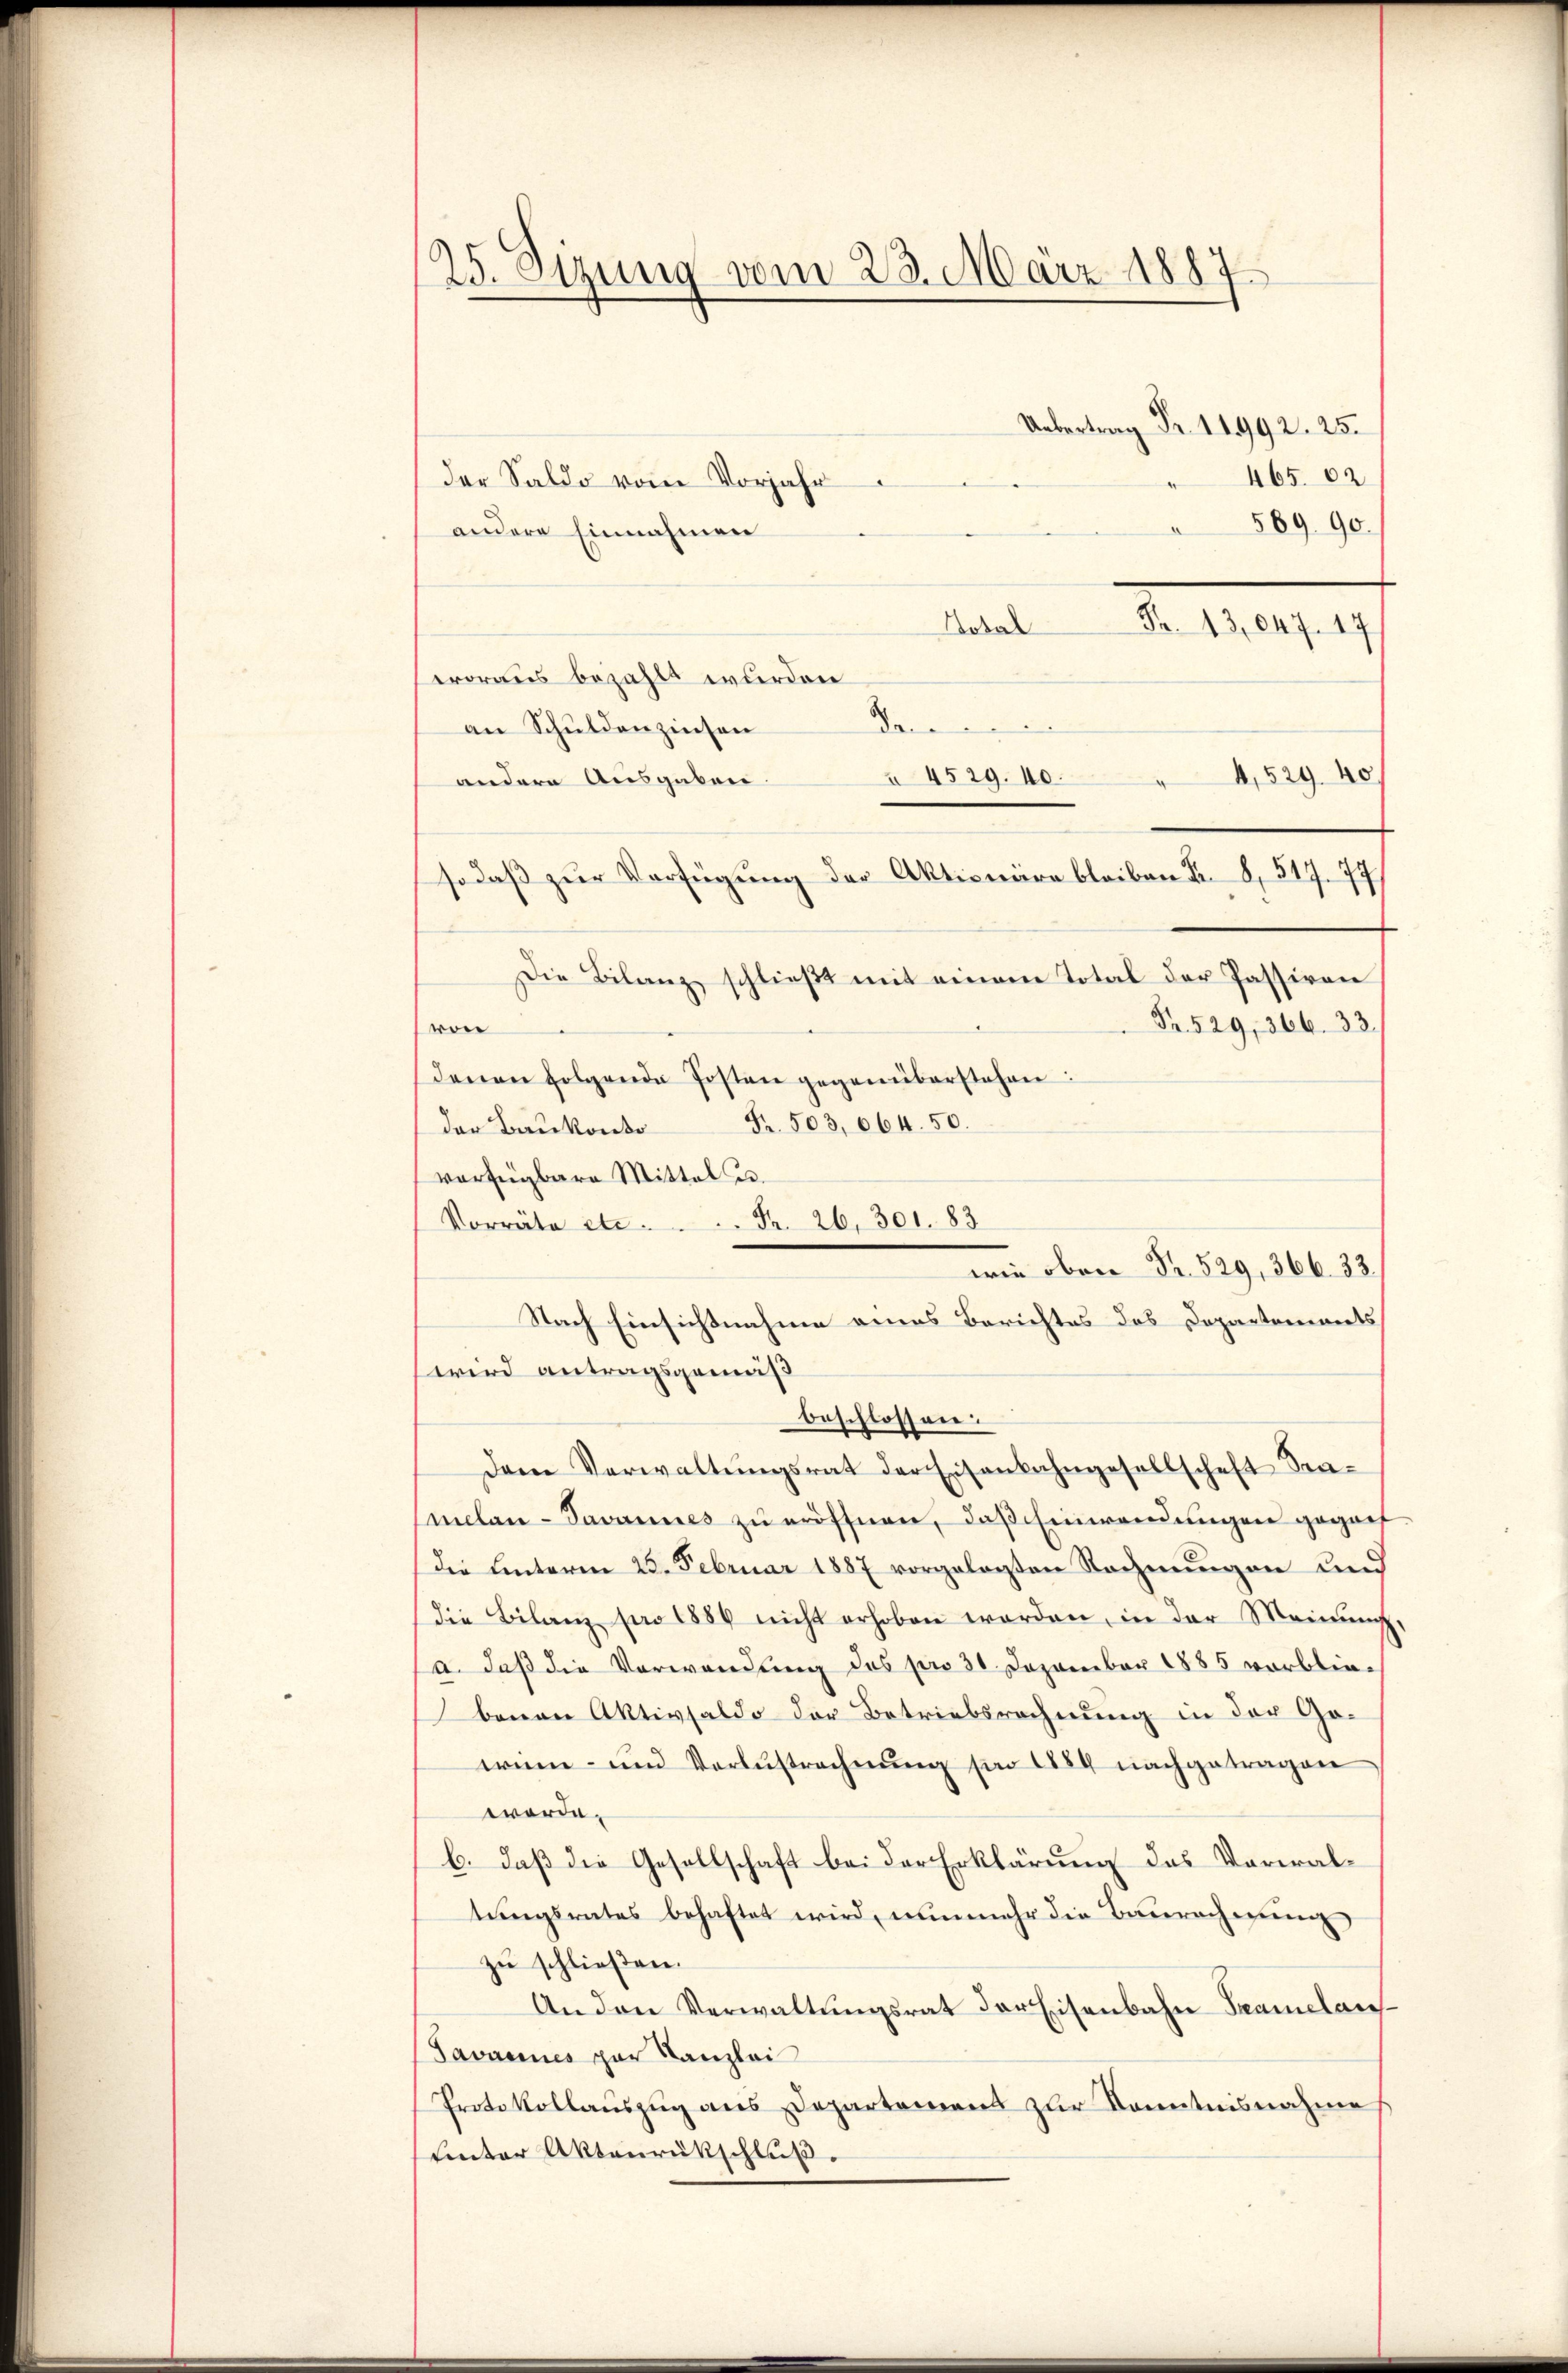
25. Sizung vom 23. März 1887

der Saldo vom Vorjahr
andere Einnahmen
Sobal
Nr. 13,647. 17
woraus bezahlt wurden
de
an Schuldenzinsen
4,529. 40
à 4529. 40.
andere Ausgaben.
sodaß zur Verfügung der Aktionäre bleiben Fr. 8, 517. 77)
Die Bilanz schließt mit einem Total der Passiven
Fr. 529, 366. 33.
von
denen folgende Posten gegenüberstehen:
der Baukonto Fr. 503, 664. 50.
vorfügbare Mittel u.
wird antragsgemäß
beschlossen:
Dem Verwaltŭngsrat der Eisenbahngesellschaft Samelan-Pavannes zu eröffnen, daß Einwendungen gegent
die hinterm 25. Februar 1887 vorgelegten Rechnungen und
die Bilanz pro 1884 nicht erhoben worden, in der Meinung,
a. daß die Verwendung des pro 31 Dezember 1885 verbliebenen Aktivsaldo der Betriebsrechnung in der Gowinn- und Verlustrechnung pro 1884 nachgetragen
worde.
b. daß die Gesellschaft bei der Erklärung des Verwaltungsrates behaftet wird, nunmehr die Baurechnung
zu schließen.
An den Verwaltŭngsrat der Eisenbahn Szamelan¬
Javannes par Kanzlei
Protokollauszug aus Departement zur Kenntnisnahme
uinter Aktenrückschluß.

Fr. 26, 301. 83
Vorräte etc.
wie oben Fr. 529, 366. 33.
Nach Einsichtnahme eines Berichtes das Departements

Uebertrag Fr. 11992. 25.
 465. 62.
56990.